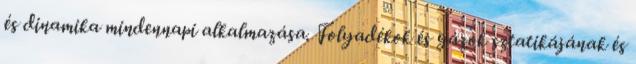
és dinamika mindennapi alkalmazása. Folyadékok és gázok sztatikájának és